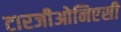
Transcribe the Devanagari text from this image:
टारजीओनिएसी